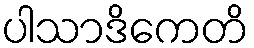
ပါသာဒိကေတိ